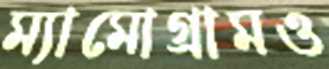
ম্যামোগ্রামও